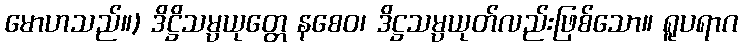
မောဟသည်။) ဒိဋ္ဌိသမ္ပယုတ္တေ နစေဝ၊ ဒိဋ္ဌသမ္ပယုတ်လည်းဖြစ်သော။ ရူပရာဂ